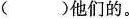
( )他们的。